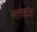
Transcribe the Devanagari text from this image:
ब्‍लाइंड